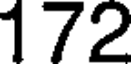
172